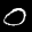
Label: 0